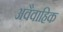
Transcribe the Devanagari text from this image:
अवैवाहिक